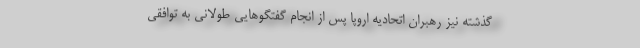
گذشته نیز رهبران اتحادیه اروپا پس از انجام گفتگوهایی طولانی به توافقی